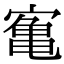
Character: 𫝰